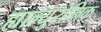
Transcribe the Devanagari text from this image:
ह्याल्युरोनिक